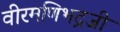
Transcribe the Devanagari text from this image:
वीरमणिभद्रजी